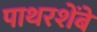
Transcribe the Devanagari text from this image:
पाथरशेंबे